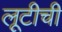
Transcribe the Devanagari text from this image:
लूटीची